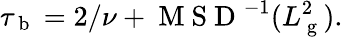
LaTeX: \tau_{\mathrm{~b~}}=2/\nu+\mathrm{~M~S~D~}^{-1}(L_{\mathrm{~g~}}^{2}).